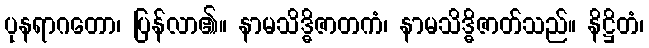
ပုနရာဂတော၊ ပြန်လာ၏။ နာမသိဒ္ဓိဇာတကံ၊ နာမသိဒ္ဓိဇာတ်သည်။ နိဋ္ဌိတံ၊